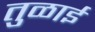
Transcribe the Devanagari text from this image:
तुळाई